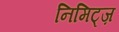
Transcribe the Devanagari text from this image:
निमिट्ज़